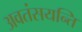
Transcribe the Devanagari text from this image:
अवतंसयन्ति